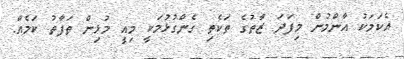
އެކަމަކު އާންމުން މިފަދަ ޒާތުގެ ތަކެތި ގެންގުޅުމަކީ މިއީ މުޅިން ތަފާތު ކަމެއް.